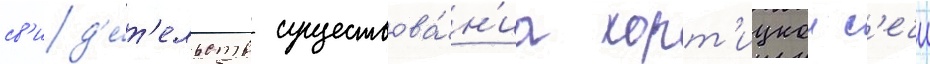
св'ид'е́т'ельств существова́н'иа хорт'ицкои с'ечи